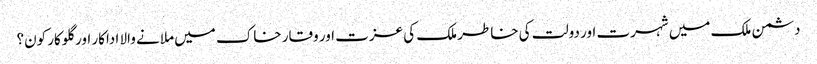
دشمن ملک میں شہرت اور دولت کی خاطر ملک کی عزت اور وقار خاک میں ملانے والا اداکار اور گلوکار کون؟